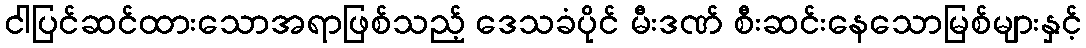
ငါပြင်ဆင်ထားသောအရာဖြစ်သည့် ဒေသခံပိုင် မီးဒဏ် စီးဆင်းနေသောမြစ်များနှင့်